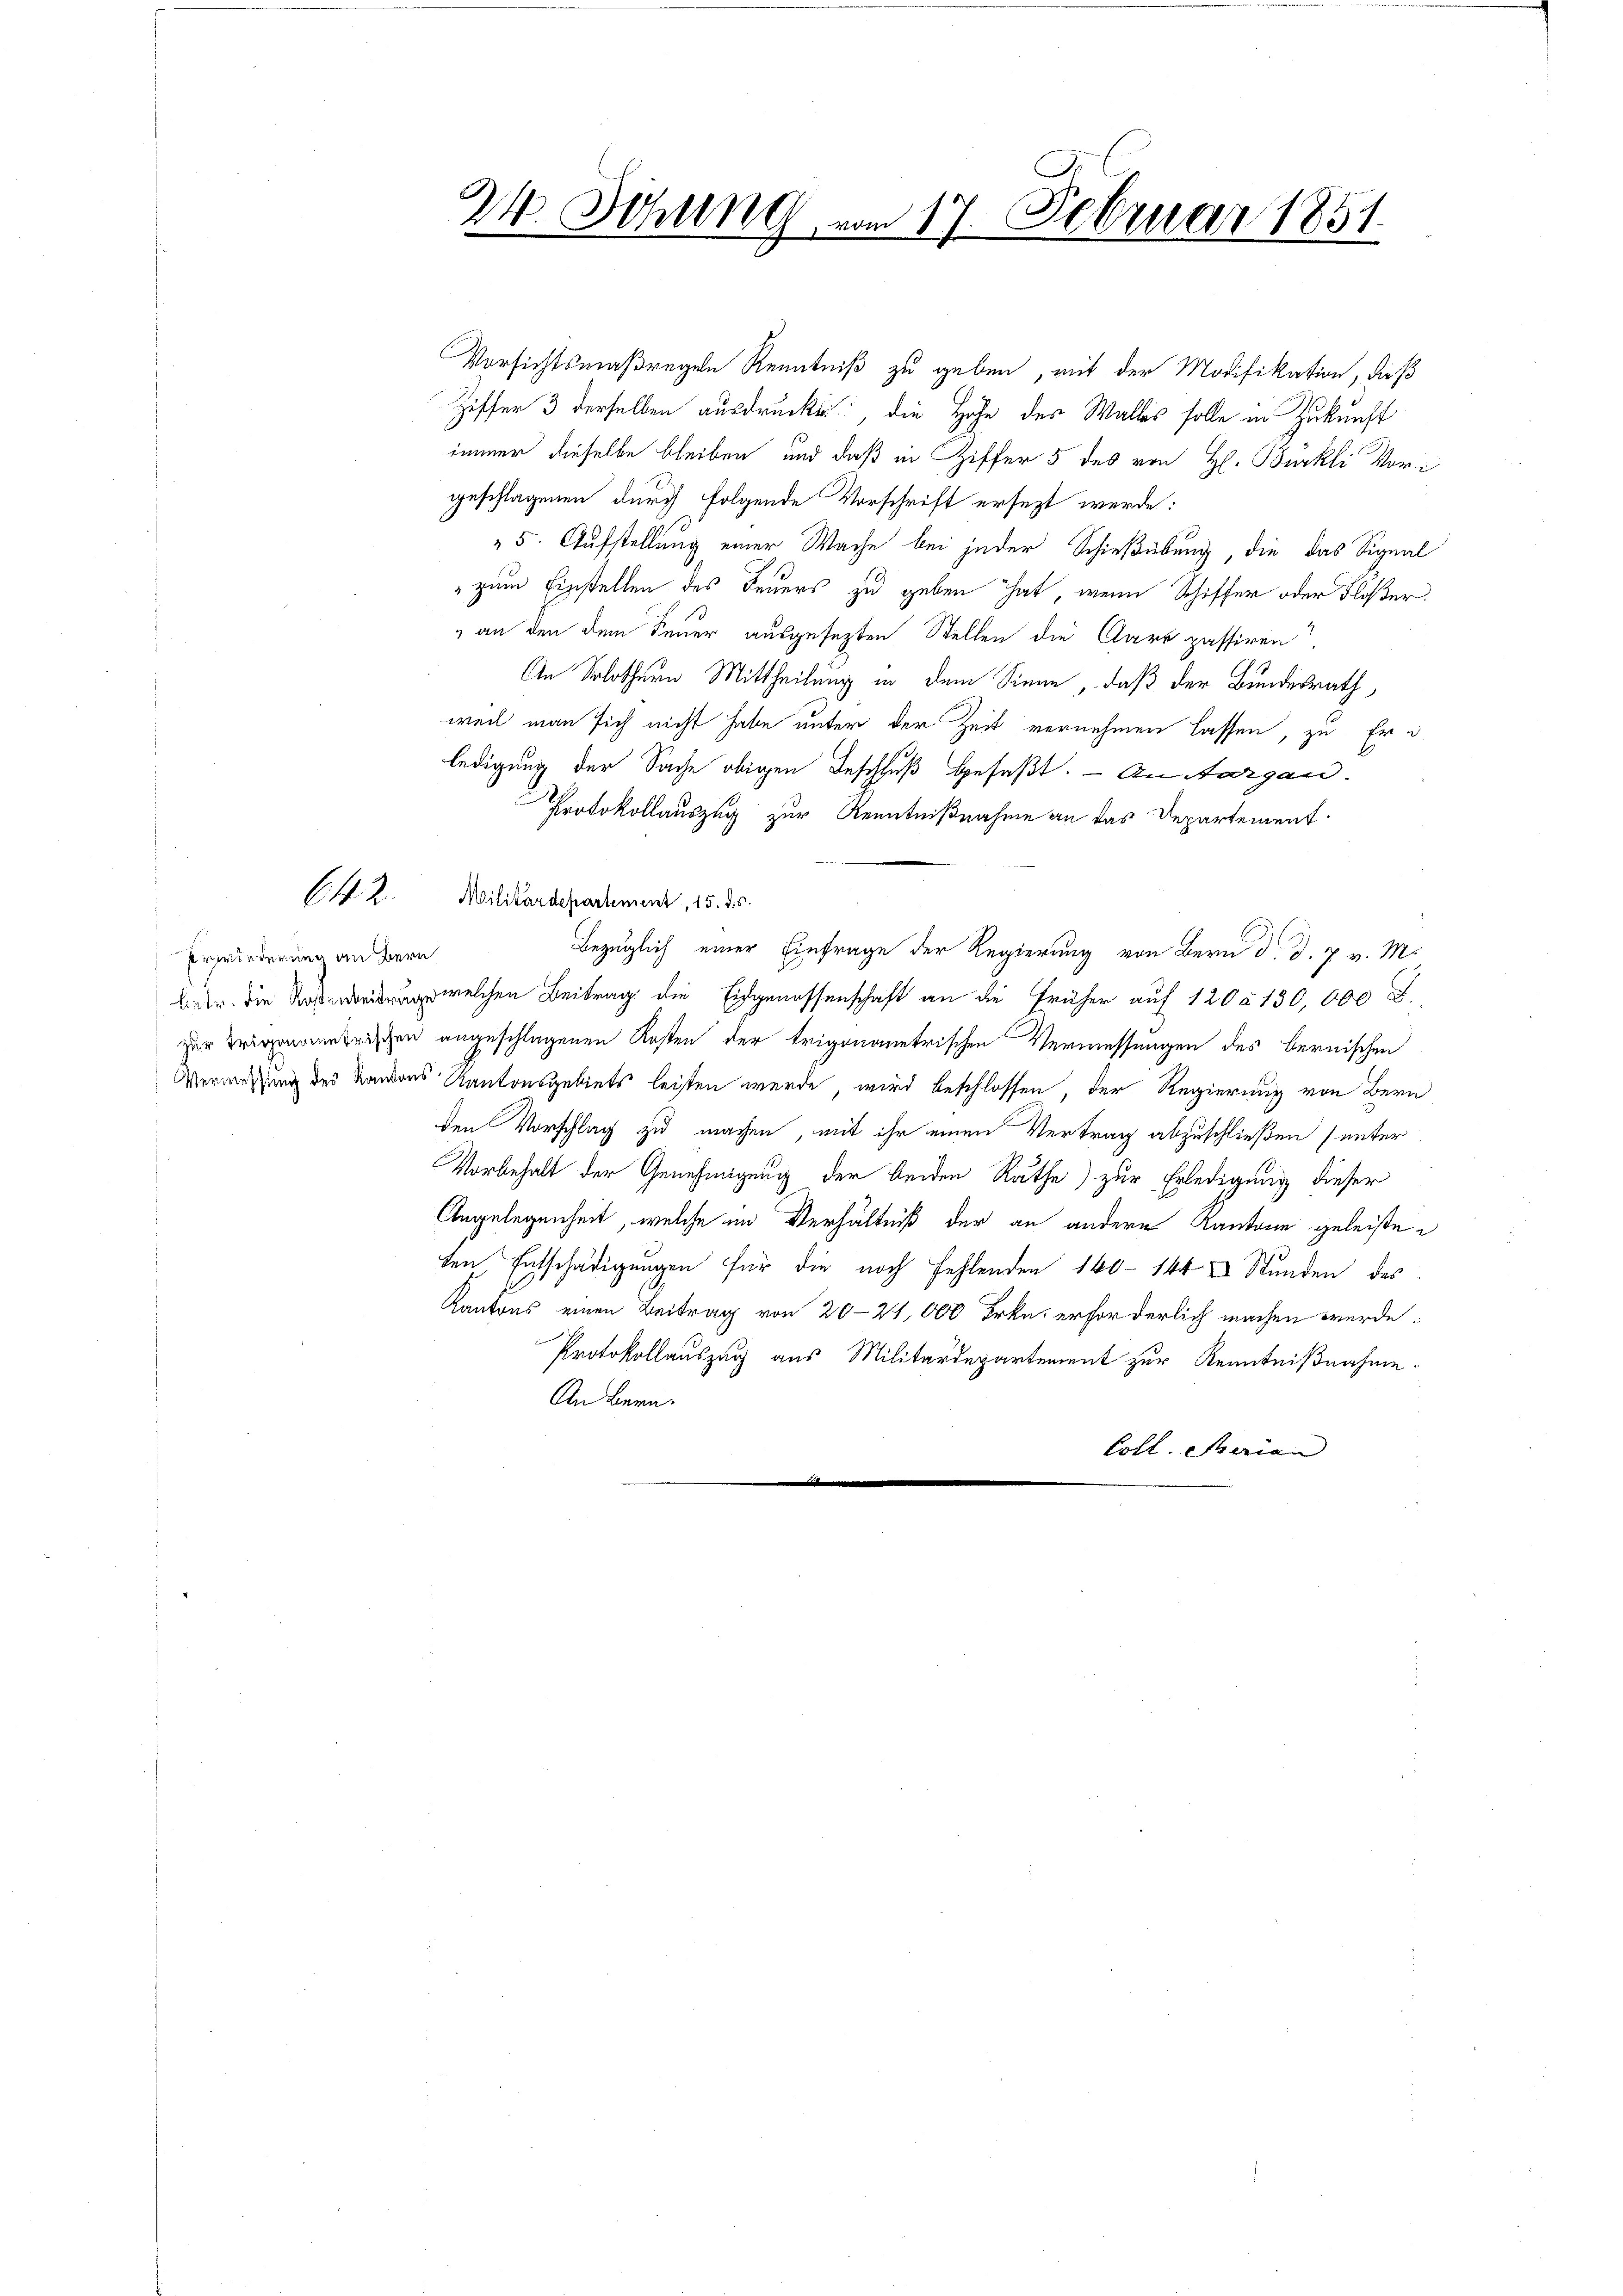
642.

Erwiederung an Bern

24. Sitzung vom 17. Februar 1851.

Militärdepartement, 15. ds.

Versichtsmaßregeln Kenntniß zu geben, mit der Modifikation, daß
Ziffer 3 derselben ausdrucken, die Höhe des Walles solle in Zukunft
immer dieselbe bleiben und daß in Ziffer 5 des von H. Bürkli Vorgeschlagenen durch folgende Vorschrift ersezt werde:
5. Aufstellung einer Wache bei jeder Schießübung, die das Signal
" zum Einstellen des Feuers zu geben hat, wenn Schiffer oder Flößer
" an den dem Feuer ausgesezten Stellen die Aare passiren
An Solothurn Mittheilung in dem Sinne, daß der Bundesrath,
weil man sich nicht habe unter der Zeit vernehmen lassen, zu Er d
ledigung der Sache obigen Beschluß gefaßt. - An Aargau.
Protokollauszug zur Kenntnißnahme an das Departement.
Bezüglich einer Einfrage der Regierung von Bern d. d. 7. v. M.
br. die welchen Beitrag die Eidgenossenschaft an die früher auf 120 a 130,000 F
zur Kramerischen angeschlagenen Kosten der trigenantrischen Vermessungen des bernischen
Vermessung des Kanons Kantonsgebiets leisten werde, wird beschlossen, der Regierung von Bern
den Vorschlag zu machen, mit ihr einen Vertrag abzuschließen (unter
Vorbehalt der Genehmigung der beiden Rathe) zur Erledigung dieser
Angelegenheit, welche im Verhältniß der an andern Kantone geleisteten Entschädigungen für die noch fehlenden 160 - 144 Stunden des
Kantons einen Beitrag von 20–21,000 Frkn. erforderlich machen werde:
Protokollauszug aus Militärdepartement zur Kenntnißnahme.
An Bern.
Coll. Marian
.